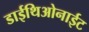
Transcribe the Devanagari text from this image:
डाईथिओनाईट